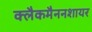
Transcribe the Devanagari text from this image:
क्लैकमैननशायर